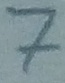
Text: 7